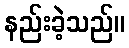
နည်းခဲ့သည်။